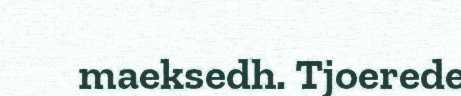
maeksedh. Tjoerede